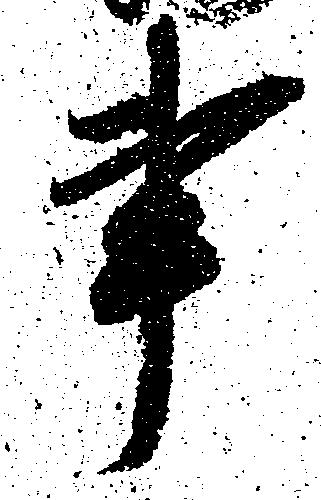
事